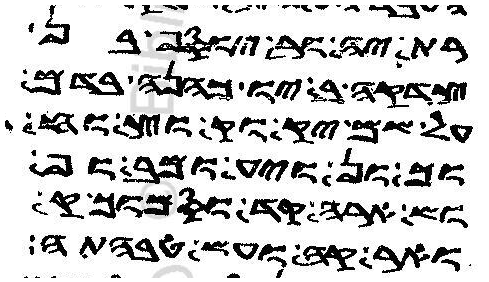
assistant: ית יוסף מן
לחדה מבריו כהניה
על נפשה יקומון ואם
אחוכון לואי מבגו
ואמר קומו פקו
ואנקבה ומן בהמתה